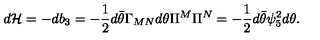
d { \cal H } = - d b _ { 3 } = - { \frac { 1 } { 2 } } d \bar { \theta } \Gamma _ { M N } d \theta \Pi ^ { M } \Pi ^ { N } = - { \frac { 1 } { 2 } } d \bar { \theta } \psi _ { 5 } ^ { 2 } d \theta .